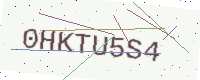
Text: 0HKTU5S4